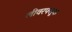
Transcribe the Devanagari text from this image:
लीवरफ्लूक